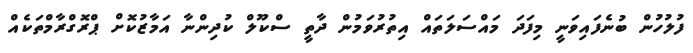
ފުލުހުން ބުނެފައިވަނީ މިފަދަ މައްސަލަތައް އިތުރުވަމުން ދާތީ ސްކޫލް ކުދިންނާ އަމާޒުކޮށް ޕްރޮގްރާމްތަކެއް